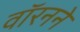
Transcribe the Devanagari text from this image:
वॉरनने